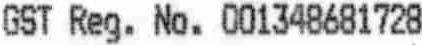
GST REG. NO. 001348681728